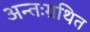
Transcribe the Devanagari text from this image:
अन्तःग्रथित